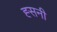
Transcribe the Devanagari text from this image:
ह्सनी